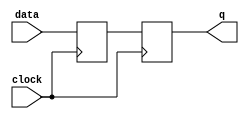
module edge_triggered_latch (
    input wire data,
    input wire clock,
    output reg q
);

reg d1, d2;

always @ (posedge clock) begin
    d1 <= data;
    d2 <= d1;
end

assign q = d2;

endmodule